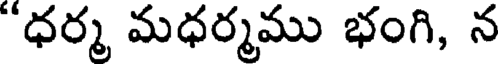
"ధర్మ మధర్మము భంగి, న